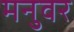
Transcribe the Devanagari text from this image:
मनुवर